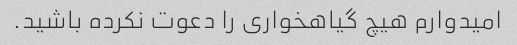
امیدوارم هیچ گیاهخواری را دعوت نکرده باشید.